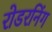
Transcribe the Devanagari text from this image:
रोडरनिंग